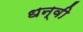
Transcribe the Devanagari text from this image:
धन्वी